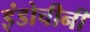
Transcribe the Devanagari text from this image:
इंडोचीनी